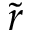
\tilde { r }